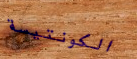
الكونتيسة